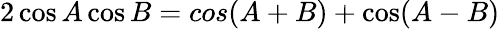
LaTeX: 2\cos A\cos B=cos(A+B)+\cos(A-B)